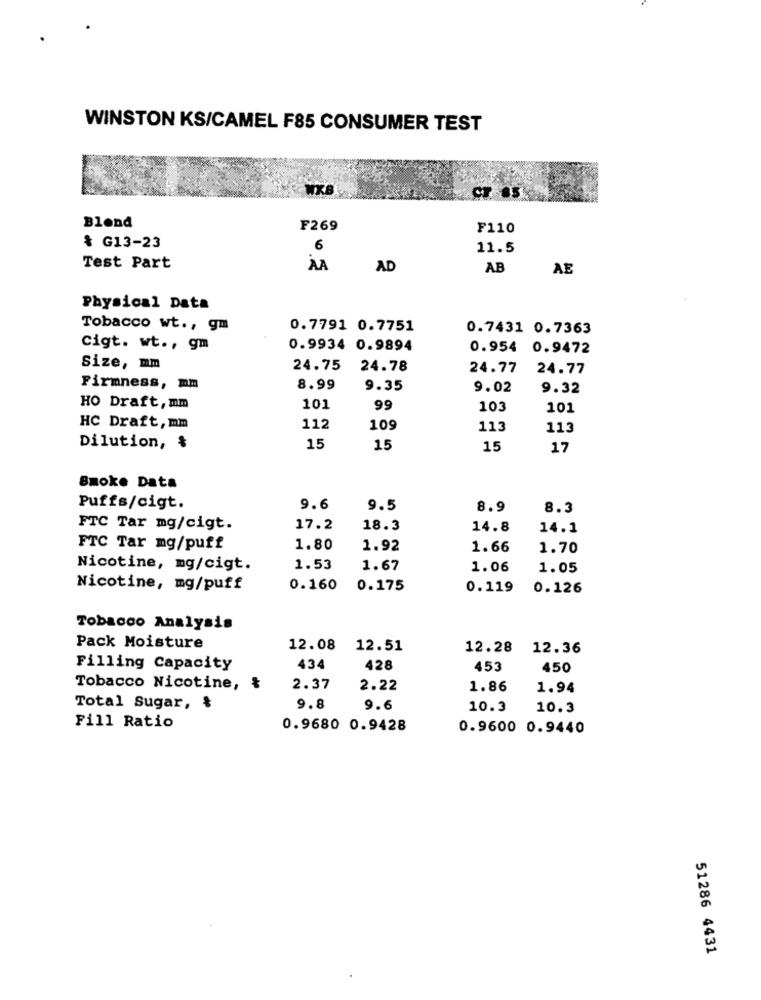
WINSTON KS/CAMEL F85 CONSUMER TEST
ST. 45
Blond
F269
F110
& G13-23
6
11.5
Test Part
ÀA
AD
AB
AE
Physical Data
Tobacco wt ., gm
0.7791 0.7751
0.7431 0.7363
Cigt. wt ., gm
0.9934 0.9894
0.954 0.9472
Size, mm
24.75
24.78
24.77
24.77
Firmness, mm
8.99
9.35
9.02
9.32
HO Draft, mm
101
99
103
101
HC Draft, mm
112
109
113
113
Dilution, &
15
15
15
17
Smoke Data
Puffs/cigt.
9.6
9.5
8.9
8.3
FTC Tar mg/cigt.
17.2
18.3
14.8
14.1
FTC Tar mg/puff
1.80
1.92
1.66
1.70
Nicotine, mg/cigt.
1.53
1.67
1.06
1.05
Nicotine, mg/puff
0.160
0.175
0.119
0.126
Tobacco Analysis
Pack Moisture
12.08
12.51
12.28 12.36
Filling Capacity
434
428
453
450
Tobacco Nicotine, ₺
2.37
2.22
1.86
1.94
Total Sugar, &
9.8
9.6
10.3
10.3
Fill Ratio
0.9680 0.9428
0.9600 0.9440
51286 4431